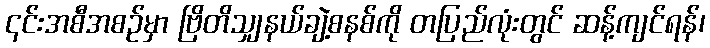
၎င်းအစီအစဉ်မှာ ဗြိတိသျှနယ်ချဲ့စနစ်ကို တပြည်လုံးတွင် ဆန့်ကျင်ရန်၊